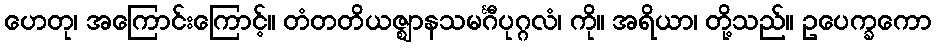
ဟေတု၊ အကြောင်းကြောင့်။ တံတတိယဇ္ဈာနသမင်္ဂီပုဂ္ဂလံ၊ ကို။ အရိယာ၊ တို့သည်။ ဥပေက္ခကော